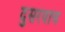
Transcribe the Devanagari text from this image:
दुसरयाच